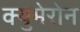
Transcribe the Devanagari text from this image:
क्युमेरोन